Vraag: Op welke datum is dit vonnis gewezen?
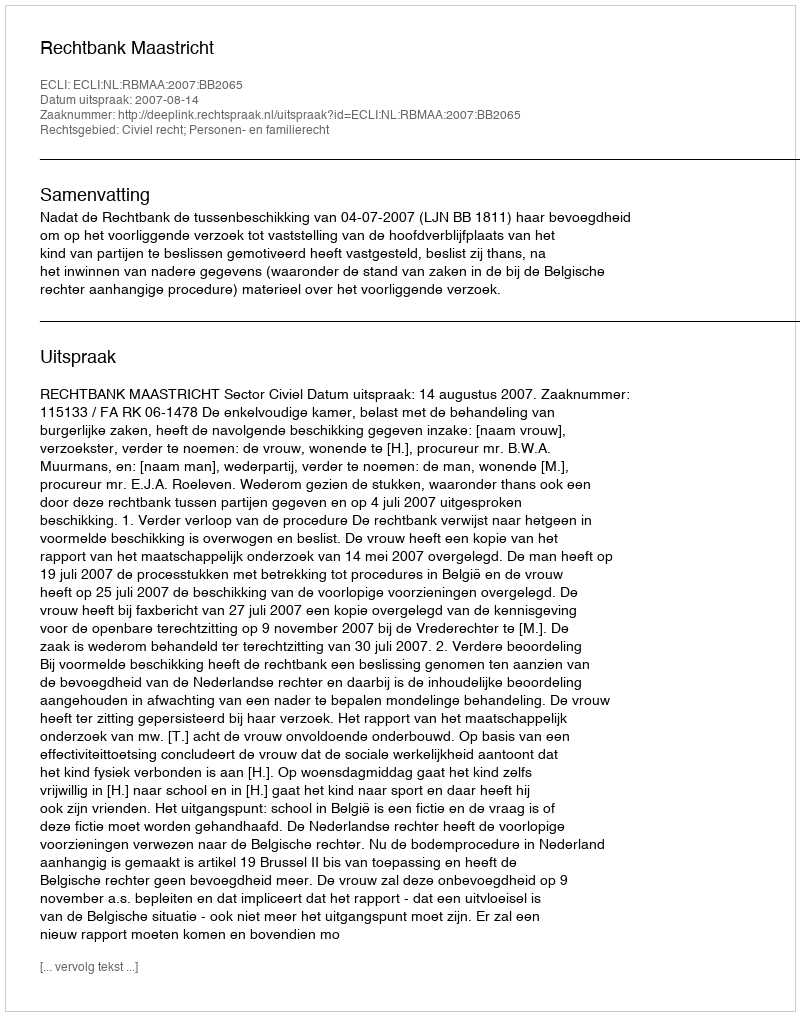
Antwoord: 2007-08-14